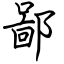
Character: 鄙